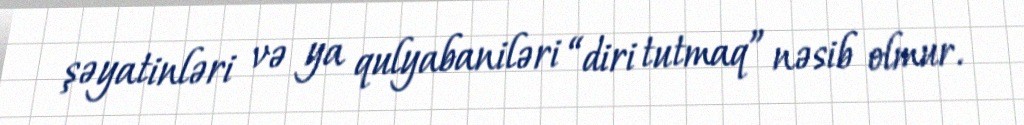
şəyatinləri və ya qulyabaniləri “diri tutmaq” nəsib olmur.